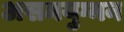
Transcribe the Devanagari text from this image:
असमयुग्मन